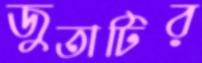
জুতাটির